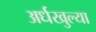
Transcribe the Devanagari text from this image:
अर्धखुल्या